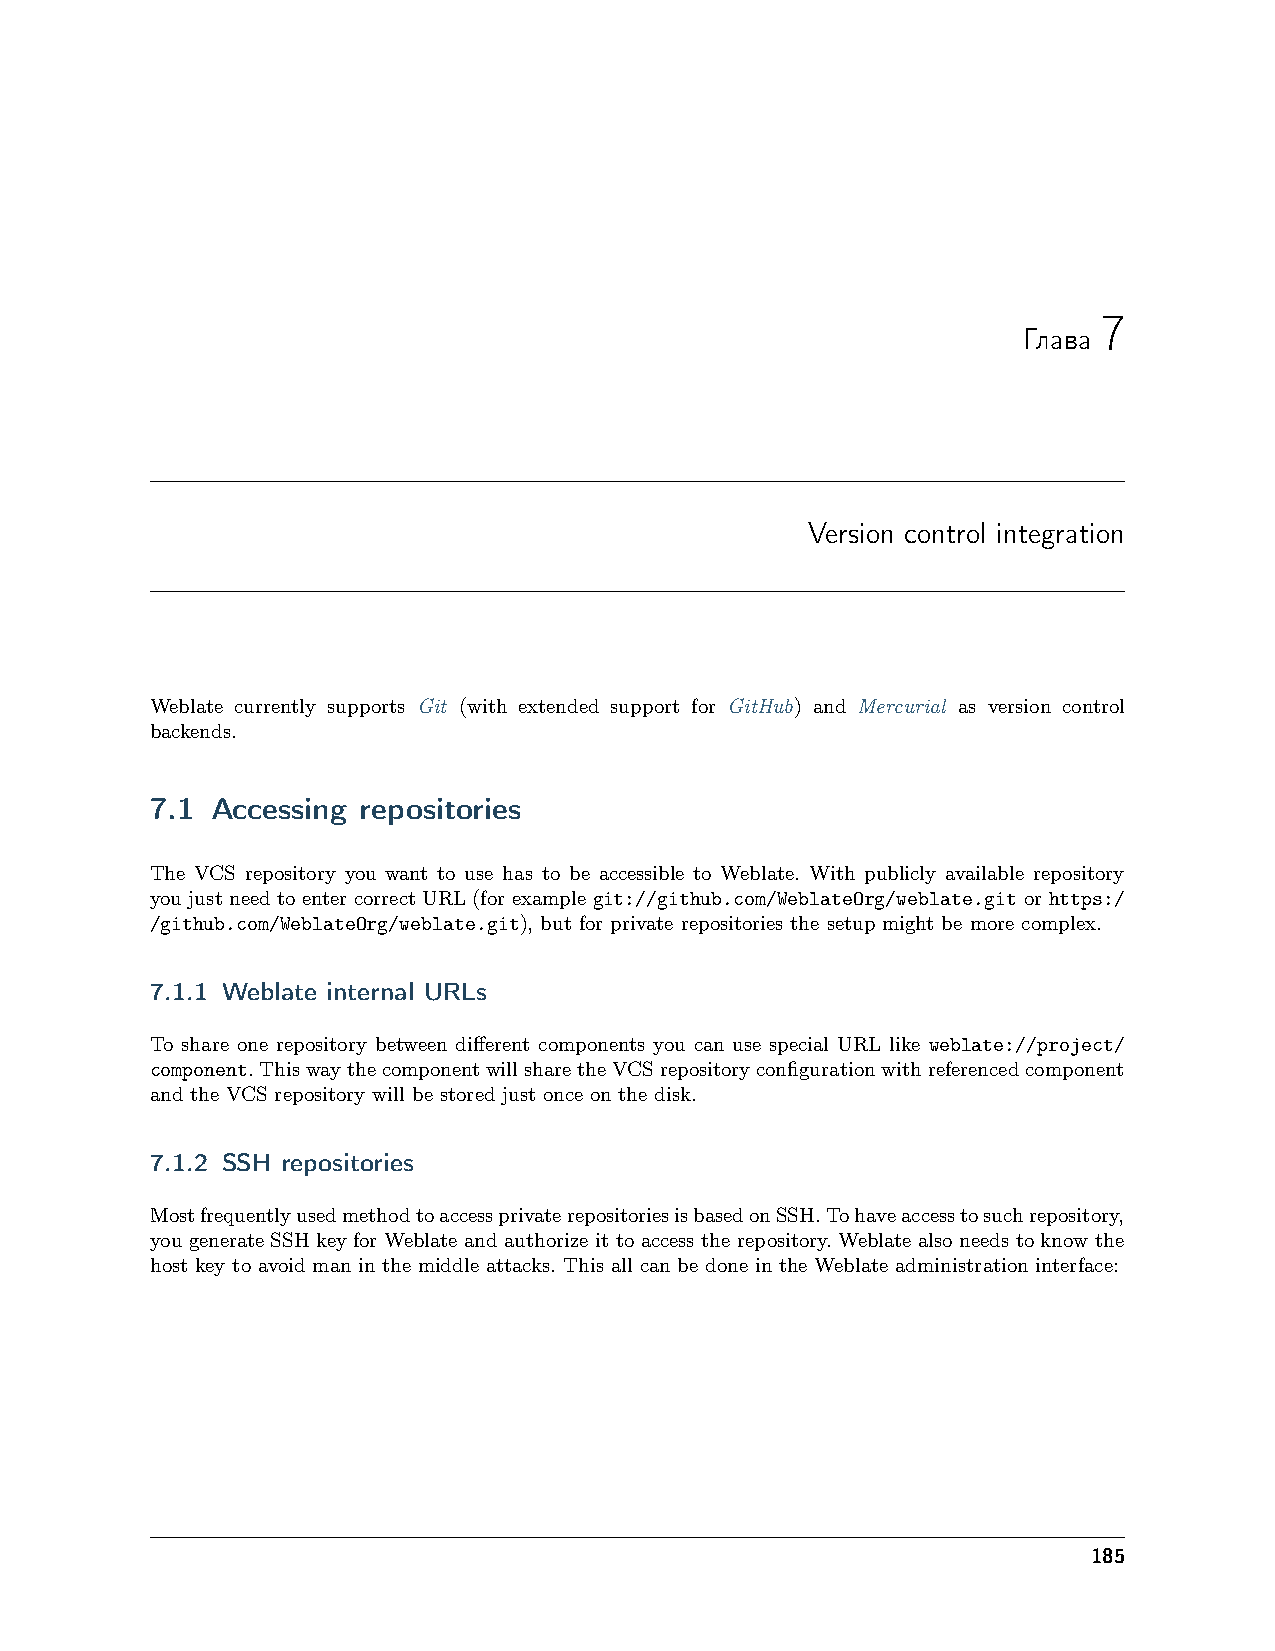
7
 Глава
 Version control integration
 Weblate currently supports Git (with extended support for GitHub) and Mercurial as version control
 backends.
 7.1 Accessing repositories
 The VCS repository you want to use has to be accessible to Weblate. With publicly available repository
 you just need to enter correct URL (for example git://github.com/WeblateOrg/weblate.git or https:/
 /github.com/WeblateOrg/weblate.git), but for private repositories the setup might be more complex.
 7.1.1 Weblate internal URLs
 To share one repository between different components you can use special URL like weblate://project/
 component.ThiswaythecomponentwillsharetheVCSrepositoryconfigurationwithreferencedcomponent
 and the VCS repository will be stored just once on the disk.
 7.1.2 SSH repositories
 MostfrequentlyusedmethodtoaccessprivaterepositoriesisbasedonSSH.Tohaveaccesstosuchrepository,
 you generate SSH key for Weblate and authorize it to access the repository. Weblate also needs to know the
 host key to avoid man in the middle attacks. This all can be done in the Weblate administration interface:
 185